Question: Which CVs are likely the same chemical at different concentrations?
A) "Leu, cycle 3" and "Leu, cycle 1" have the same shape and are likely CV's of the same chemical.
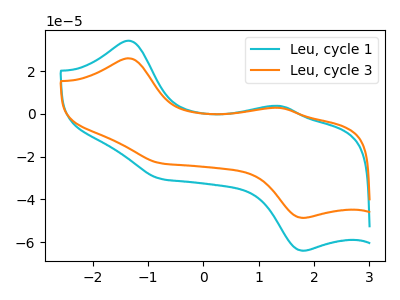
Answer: <think>The cyan curve "Leu, cycle 1" has anodic peaks at (-1.35V, 34.25uA) (1.40V, 3.75uA) and cathodic peaks at (-0.75V, -30.40uA) (1.80V, -64.05uA). The orange curve "Leu, cycle 3" has anodic peaks at (-1.35V, 26.05uA) (1.40V, 2.85uA) and cathodic peaks at (-0.75V, -23.10uA) (1.80V, -48.65uA).
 All the peaks in "Leu, cycle 1" have a peak in "Leu, cycle 3" at the same potential. Every peak in "Leu, cycle 1" is higher than every peak in "Leu, cycle 3".</think>
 <answer>A) "Leu, cycle 3" and "Leu, cycle 1" have the same shape and are likely CV's of the same chemical.</answer>
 <eval>A</eval>